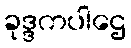
ခုဒ္ဒကပါဌေ